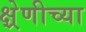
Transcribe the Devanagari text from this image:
क्ष्रेणीच्या